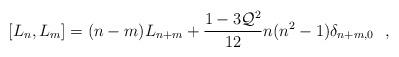
LaTeX: \begin{align*}[L_n , L_m] = (n-m) L_{n+m} +\frac{1-3 {\cal Q}^{2}}{12} n(n^{2}-1)\delta_{n+m,0}~~,\end{align*}